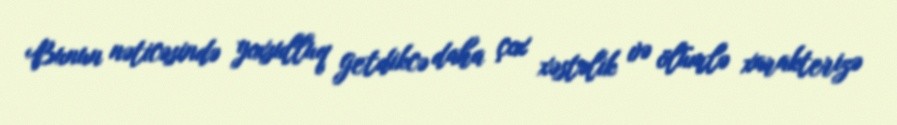
Bunun nəticəsində yoxsulluq getdikcə daha çox xəstəlik və ölümlə xarakterizə